King Institute of Preventive Medicine Micro-Biological Section reports 1912-19
Year: 1912
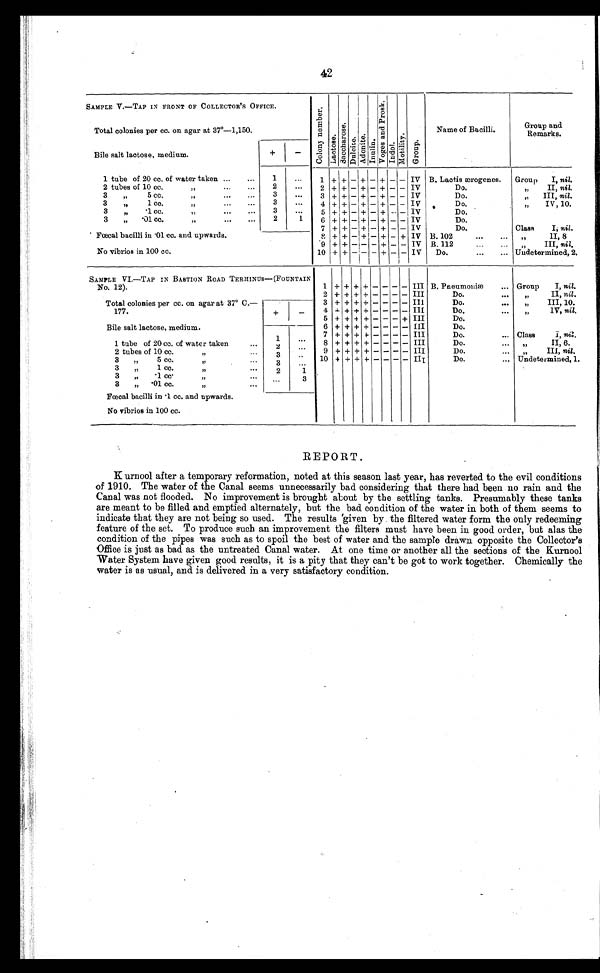
42
SAMPLE V.—TAP IN FRONT OF COLLECTOR ' S OFFICE.
Total colonies per cc. on agar at 37°—1,150.
C o l o n y n u m b e r .
Lact ose.
S a c c h a r o s e .
D u l c i t e . Adoni t e.
I nul i n.
Vo g a s a n d P r o s k .
Indol.
Mot i l i t y.
Group.
Name of Bacilli.
Group and
Remarks.
Bile salt lactose, medium.
+
-
1 tube of 20 cc. of water taken ...
...
1
. . .
1 + + -
+ - + - - IV B. Lactis ærogenes.
Group
I, nil.
2 tubes of 10 cc.
"
...
...
2
. . .
2 + + - + - + - - IV
D o .
" ,
II, nil.
3
" 5 cc.
" ...
...
3
. . .
3 + + - + - + - - IV
Do.
„
III, nil.
3 " 1 cc. " ... ...
3
. . .
4 + + - + - + - - IV
D o .
"„ IV, 10.
3
"
.1 cc.
" ...
...
3
. . .
5 + + - + - + - - IV
Do.
3
"
.01 cc.
" ...
...
2
1
6 + + - + - + - - IV
Do.
7
+ + - + - + - - IV
Do.
Class
I, nil.
Fæcal bacilli in .01 cc. and upwards.
No vibrios in 100 cc.
8 + + - + - + - + IV B. 102 . . . . . .
" II, 8
9 + + - - - + - - IV B. 112 . . . . . .
" III, nil.
10 + + - - - + - - IV
Do.
...
... Undetermined, 2.
SAMPLE VI.—TAP IN BASTION ROAD TERMINUS- (FOUNTAIN
No. 12).
1 + + + + - - - - III
B. Pneumoniæ
... Group
I, nil.
2 + + + + - - - - III
Do. . . .
" II, nil.
3 + + + + - - - - III
Do. . . .
" III, 10.
Total colonies per cc. on agar at 37° C.—
177.
+
-
4 + + + + - - - - III
Do. . . .
" IV, nil.
5 + + + + - - - + III
Do.
6 + + + + - - - - III
Do.
Bile salt lactose, medium.
1 tube of 20 cc. of water taken
...
1
. . .
7 + + + + - - - - III
Do. ...
8 + + + + - - - - III
Do.
2
. . .
9 + + + + - - - - III
Do.
" III, nil.
2 tubes of 10 cc.
"
3
. . .
10 + + + + – – – – III
Do.
... Undetermined, 1.
3
" 5 cc.
" ...
3
. . .
3
" .
1 cc.
"
...
2
1
3
"
.1 cc
"
...
. . .
3
3
"
.01 cc.
" ...
Fœcal bacilli in • 1 cc. and upwards.
No vibrios in 100 cc.
REPORT.
Kurnool after a temporary reformation, noted at this season last year, has reverted to the evil conditions
of 1910. The water of the Canal seems unnecessarily bad considering that there had been no rain and the
Canal was not flooded. No improvement is brought about by the settling tanks. Presumably these tanks
are meant to be filled and emptied alternately, but the bad condition of the water in both of them seems to
indicate that they are not being so used. The results given by the filtered water form the only redeeming
feature of the set. To produce such an improvement the filters must have been in good order, but alas the
condition of the pipes was such as to spoil the best of water and the sample drawn opposite the Collector's
Office is just as bad as the untreated Canal water. At one time or another all the sections of the Kurnool
Water System have given good results, it is a pity that they can't be got to work together. Chemically the
water is as -usual, and is delivered in a very satisfactory condition.